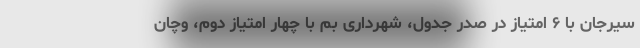
سیرجان با ۶ امتیاز در صدر جدول، شهرداری بم با چهار امتیاز دوم، وچان